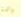
والدة